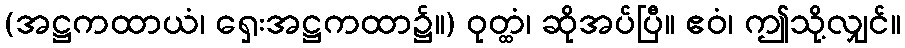
(အဋ္ဌကထာယံ၊ ရှေးအဋ္ဌကထာ၌။) ဝုတ္ထံ၊ ဆိုအပ်ပြီ။ ဧဝံ၊ ဤသို့လျှင်။